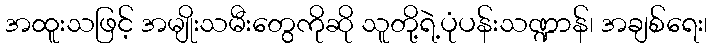
အထူးသဖြင့် အမျိုးသမီးတွေကိုဆို သူတို့ရဲ့ပုံပန်းသဏ္ဍာန်၊ အချစ်ရေး၊